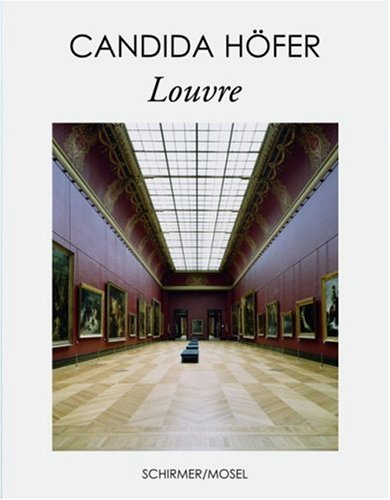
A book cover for Candida HÃ¶fer: Louvre; Health, Fitness & Dieting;